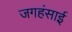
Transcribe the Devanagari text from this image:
जगहंसाई